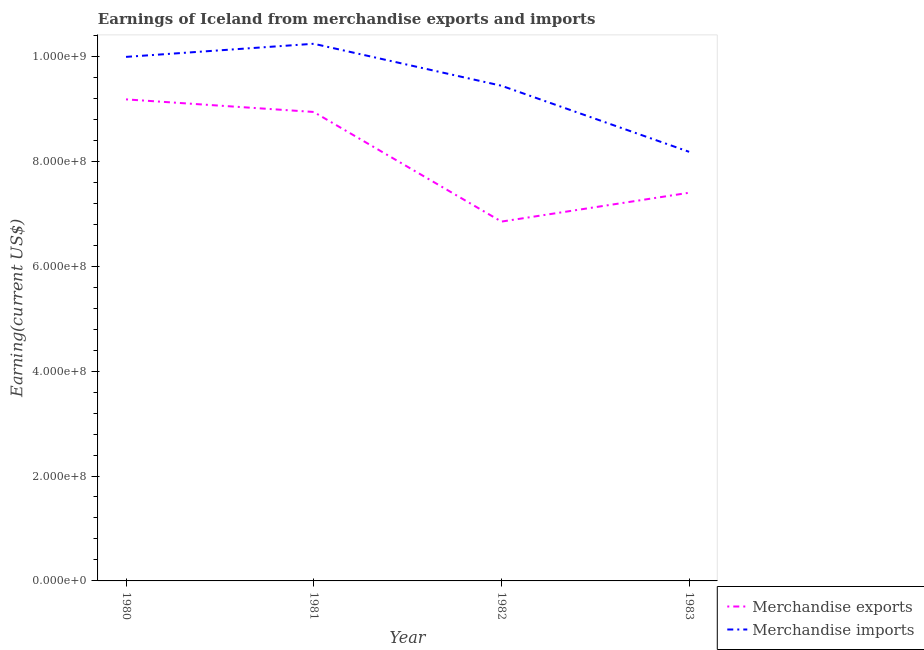
| Year | Merchandise exports | Merchandise imports |
 | --- | --- | --- |
 | 1980 | 9.18e+08 | 9.99e+08 |
 | 1981 | 8.94e+08 | 1.02e+09 |
 | 1982 | 6.85e+08 | 9.44e+08 |
 | 1983 | 7.4e+08 | 8.18e+08 |